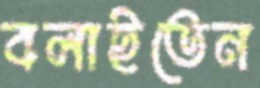
বলাইতেন